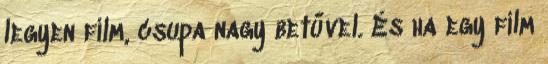
legyen film, csupa nagy betűvel. És ha egy film